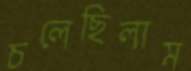
চলেছিলাম